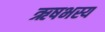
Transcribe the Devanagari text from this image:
ऋषभस्य